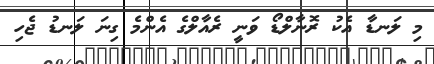
މި ލަނޑާ އެކު ރޮނާލްޑޯ ވަނީ ރެއާލްގެ އެންމެ ގިނަ ލަނޑު ޖެހި